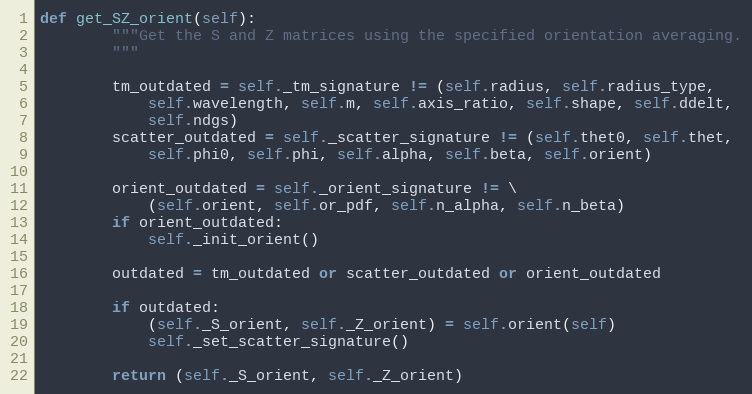
Language: Python
def get_SZ_orient(self):
        """Get the S and Z matrices using the specified orientation averaging.
        """

        tm_outdated = self._tm_signature != (self.radius, self.radius_type,
            self.wavelength, self.m, self.axis_ratio, self.shape, self.ddelt,
            self.ndgs)
        scatter_outdated = self._scatter_signature != (self.thet0, self.thet,
            self.phi0, self.phi, self.alpha, self.beta, self.orient)

        orient_outdated = self._orient_signature != \
            (self.orient, self.or_pdf, self.n_alpha, self.n_beta)
        if orient_outdated:
            self._init_orient()

        outdated = tm_outdated or scatter_outdated or orient_outdated

        if outdated:
            (self._S_orient, self._Z_orient) = self.orient(self)
            self._set_scatter_signature()

        return (self._S_orient, self._Z_orient)